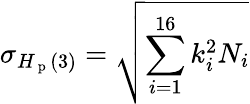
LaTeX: \sigma_{H_{\mathrm{~p~}}(3)}=\sqrt{\sum_{i=1}^{16}k_{i}^{2}N_{i}}